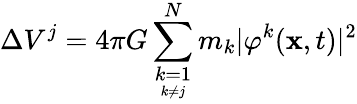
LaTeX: \Delta V^{j}=4\pi G\sum_{\underset{k\neq j}{k=1}}^{N}m_{k}\vert\varphi^{k}(\textbf{x},t)\vert^{2}